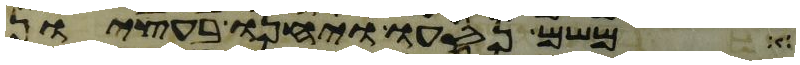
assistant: משם נסעו ויחנו בעציון